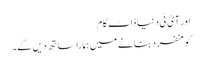
اور آئ ٹی دنیا ڈاٹ کام
کو منفرد بنانے میں ہمارا ساتھ دیں گے۔